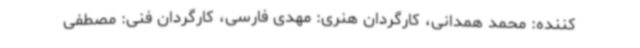
کننده: محمد همدانی، کارگردان هنری: مهدی فارسی، کارگردان فنی: مصطفی